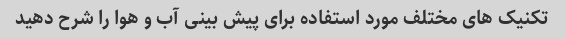
تکنیک های مختلف مورد استفاده برای پیش بینی آب و هوا را شرح دهید